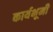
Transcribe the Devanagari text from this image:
कार्यभूमी